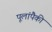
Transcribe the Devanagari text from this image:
पूलांपैकी